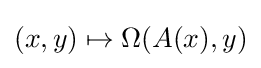
(x,y)\mapsto \Omega (A(x),y)